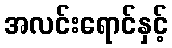
အလင်းရောင်နှင့်